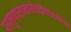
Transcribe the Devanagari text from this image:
समुपात्तानामेतद्वैभवलक्षणम्